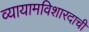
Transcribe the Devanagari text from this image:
व्यायामविशारदाची